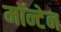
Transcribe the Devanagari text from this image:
मॉन्टेन